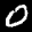
Label: 0